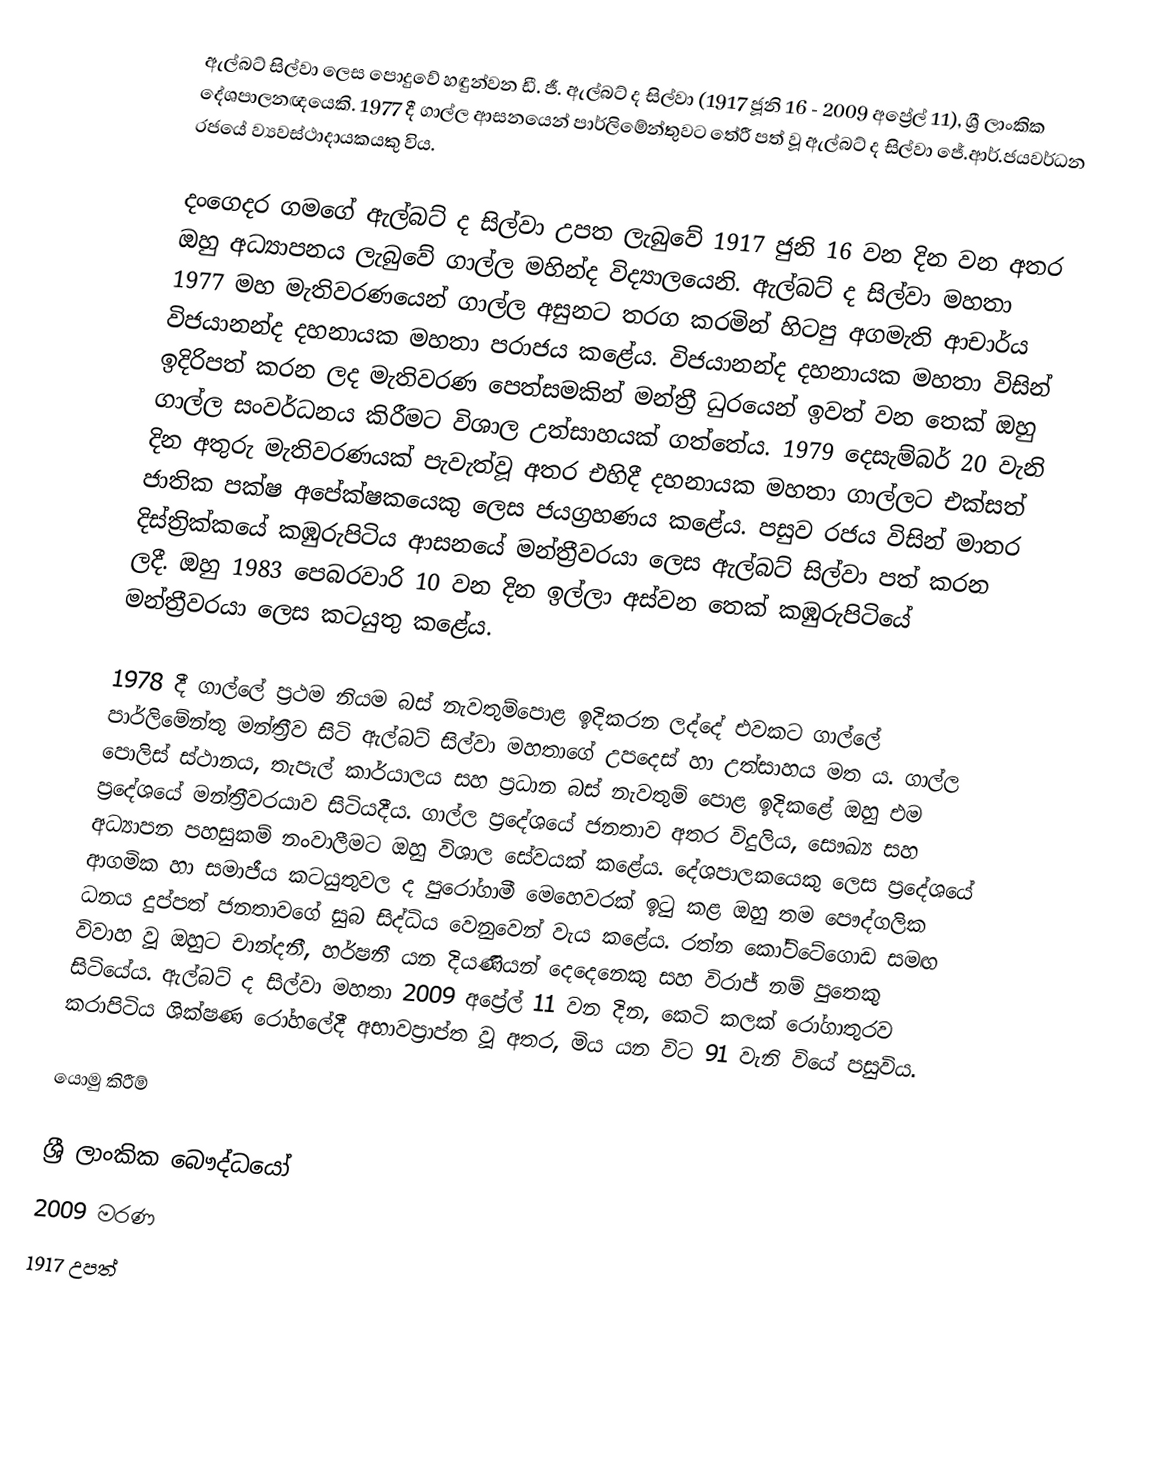
ඇල්බට් සිල්වා ලෙස පොදුවේ හඳුන්වන ඩී. ජී. ඇල්බට් ද සිල්වා (1917 ජූනි 16 - 2009 අප්‍රේල් 11), ශ්‍රී ලාංකික දේශපාලනඥයෙකි. 1977 දී ගාල්ල ආසනයෙන් පාර්ලිමේන්තුවට තේරී පත් වූ ඇල්බට් ද සිල්වා ජේ.ආර්.ජයවර්ධන රජයේ ව්‍යවස්ථාදායකයකු විය.

දංගෙදර ගමගේ ඇල්බට් ද සිල්වා උපත ලැබුවේ 1917 ජුනි 16 වන දින වන අතර ඔහු අධ්‍යාපනය ලැබුවේ ගාල්ල මහින්ද විද්‍යාලයෙනි. ඇල්බට් ද සිල්වා මහතා 1977 මහ මැතිවරණයෙන් ගාල්ල අසුනට තරග කරමින් හිටපු අගමැති ආචාර්ය විජයානන්ද දහනායක මහතා පරාජය කළේය. විජයානන්ද දහනායක මහතා විසින් ඉදිරිපත් කරන ලද මැතිවරණ පෙත්සමකින් මන්ත්‍රී ධුරයෙන් ඉවත් වන තෙක් ඔහු ගාල්ල සංවර්ධනය කිරීමට විශාල උත්සාහයක් ගත්තේය. 1979 දෙසැම්බර් 20 වැනි දින අතුරු මැතිවරණයක් පැවැත්වූ අතර එහිදී දහනායක මහතා ගාල්ලට එක්සත් ජාතික පක්ෂ අපේක්ෂකයෙකු ලෙස ජයග්‍රහණය කළේය. පසුව රජය විසින් මාතර දිස්ත්‍රික්කයේ කඹුරුපිටිය ආසනයේ මන්ත්‍රීවරයා ලෙස ඇල්බට් සිල්වා පත් කරන ලදී. ඔහු 1983 පෙබරවාරි 10 වන දින ඉල්ලා අස්වන තෙක් කඹුරුපිටියේ මන්ත්‍රීවරයා ලෙස කටයුතු කළේය.

1978 දී ගාල්ලේ ප්‍රථම නියම බස් නැවතුම්පොළ ඉදිකරන ලද්දේ එවකට ගාල්ලේ පාර්ලිමේන්තු මන්ත්‍රීව සිටි ඇල්බට් සිල්වා මහතාගේ උපදෙස් හා උත්සාහය මත ය. ගාල්ල පොලිස් ස්ථානය, තැපැල් කාර්යාලය සහ ප්‍රධාන බස් නැවතුම් පොළ ඉදිකළේ ඔහු එම ප්‍රදේශයේ මන්ත්‍රීවරයාව සිටියදීය. ගාල්ල ප්‍රදේශයේ ජනතාව අතර විදුලිය, සෞඛ්‍ය සහ අධ්‍යාපන පහසුකම් නංවාලීමට ඔහු විශාල සේවයක් කළේය. දේශපාලකයෙකු ලෙස ප්‍රදේශයේ ආගමික හා සමාජීය කටයුතුවල ද පුරෝගාමී මෙහෙවරක් ඉටු කළ ඔහු තම පෞද්ගලික ධනය දුප්පත් ජනතාවගේ සුබ සිද්ධිය වෙනුවෙන් වැය කළේය. රත්න කෝට්ටේගොඩ සමඟ විවාහ වූ ඔහුට චාන්දනී, හර්ෂනී යන දියණියන් දෙදෙනෙකු සහ විරාජ් නම් පුතෙකු සිටියේය. ඇල්බට් ද සිල්වා මහතා 2009 අප්‍රේල් 11 වන දින, කෙටි කලක් රෝගාතුරව කරාපිටිය ශික්ෂණ රෝහලේදී අභාවප්‍රාප්ත වූ අතර, මිය යන විට 91 වැනි වියේ පසුවිය.

යොමු කිරීම්

ශ්‍රී ලාංකික බෞද්ධයෝ
2009 මරණ
1917 උපත්